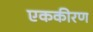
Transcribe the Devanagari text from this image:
एककीरण